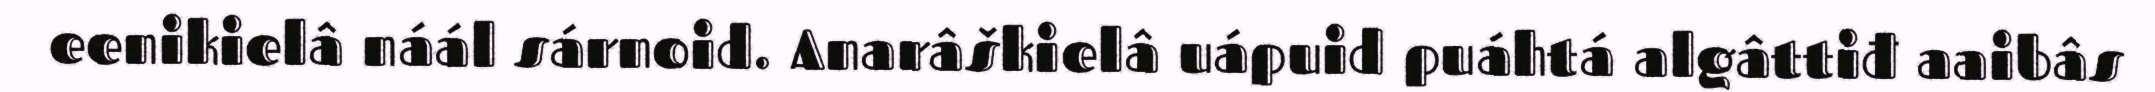
eenikielâ náál sárnoid. Anarâškielâ uápuid puáhtá algâttiđ aaibâs